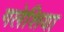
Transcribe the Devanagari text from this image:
गलेशिया